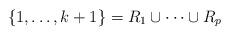
LaTeX: \begin{align*}\{ 1, \ldots , k+1 \} = R_1 \cup \cdots \cup R_p\end{align*}